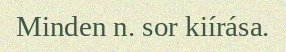
Minden n. sor kiírása.